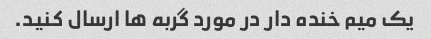
یک میم خنده دار در مورد گربه ها ارسال کنید.